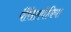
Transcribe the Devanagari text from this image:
पैंसिलवेनिया